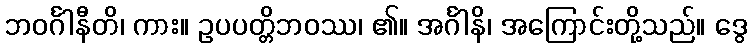
ဘဝင်္ဂါနီတိ၊ ကား။ ဥပပတ္တိဘဝဿ၊ ၏။ အင်္ဂါနိ၊ အကြောင်းတို့သည်။ ဒွေ